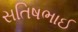
સતિષભાઈ